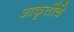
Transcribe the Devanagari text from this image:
आकृतीचे